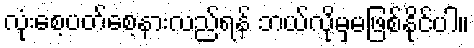
လုံးစေ့ပတ်စေ့နားလည်ရန် ဘယ်လိုမှမဖြစ်နိုင်ပါ။